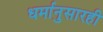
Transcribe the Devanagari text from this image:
धर्मानुसारही